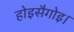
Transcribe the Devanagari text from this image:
होइसैगोइ।